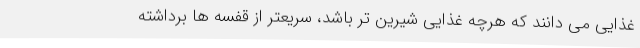
غذایی می دانند که هرچه غذایی شیرین تر باشد، سریعتر از قفسه ها برداشته